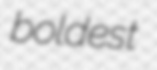
boldest